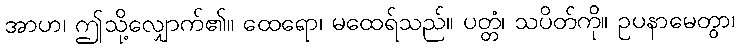
အာဟ၊ ဤသို့လျှောက်၏။ ထေရော၊ မထေရ်သည်။ ပတ္တံ၊ သပိတ်ကို။ ဥပနာမေတွာ၊